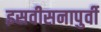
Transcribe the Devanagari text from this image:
इसवीसनापुर्वी